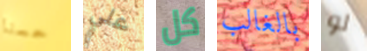
حسنا علي كل بالغالب لو